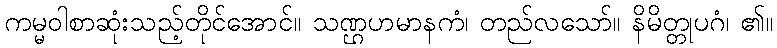
ကမ္မဝါစာဆုံးသည့်တိုင်အောင်။ သဏ္ဌဟမာနကံ၊ တည်လသော်။ နိမိတ္တုပဂံ၊ ၏။